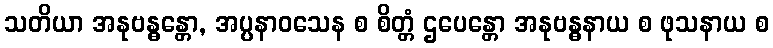
သတိယာ အနုဗန္ဓန္တော, အပ္ပနာဝသေန စ စိတ္တံ ဌပေန္တော အနုဗန္ဓနာယ စ ဖုသနာယ စ